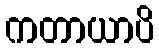
ကတာယာပိ